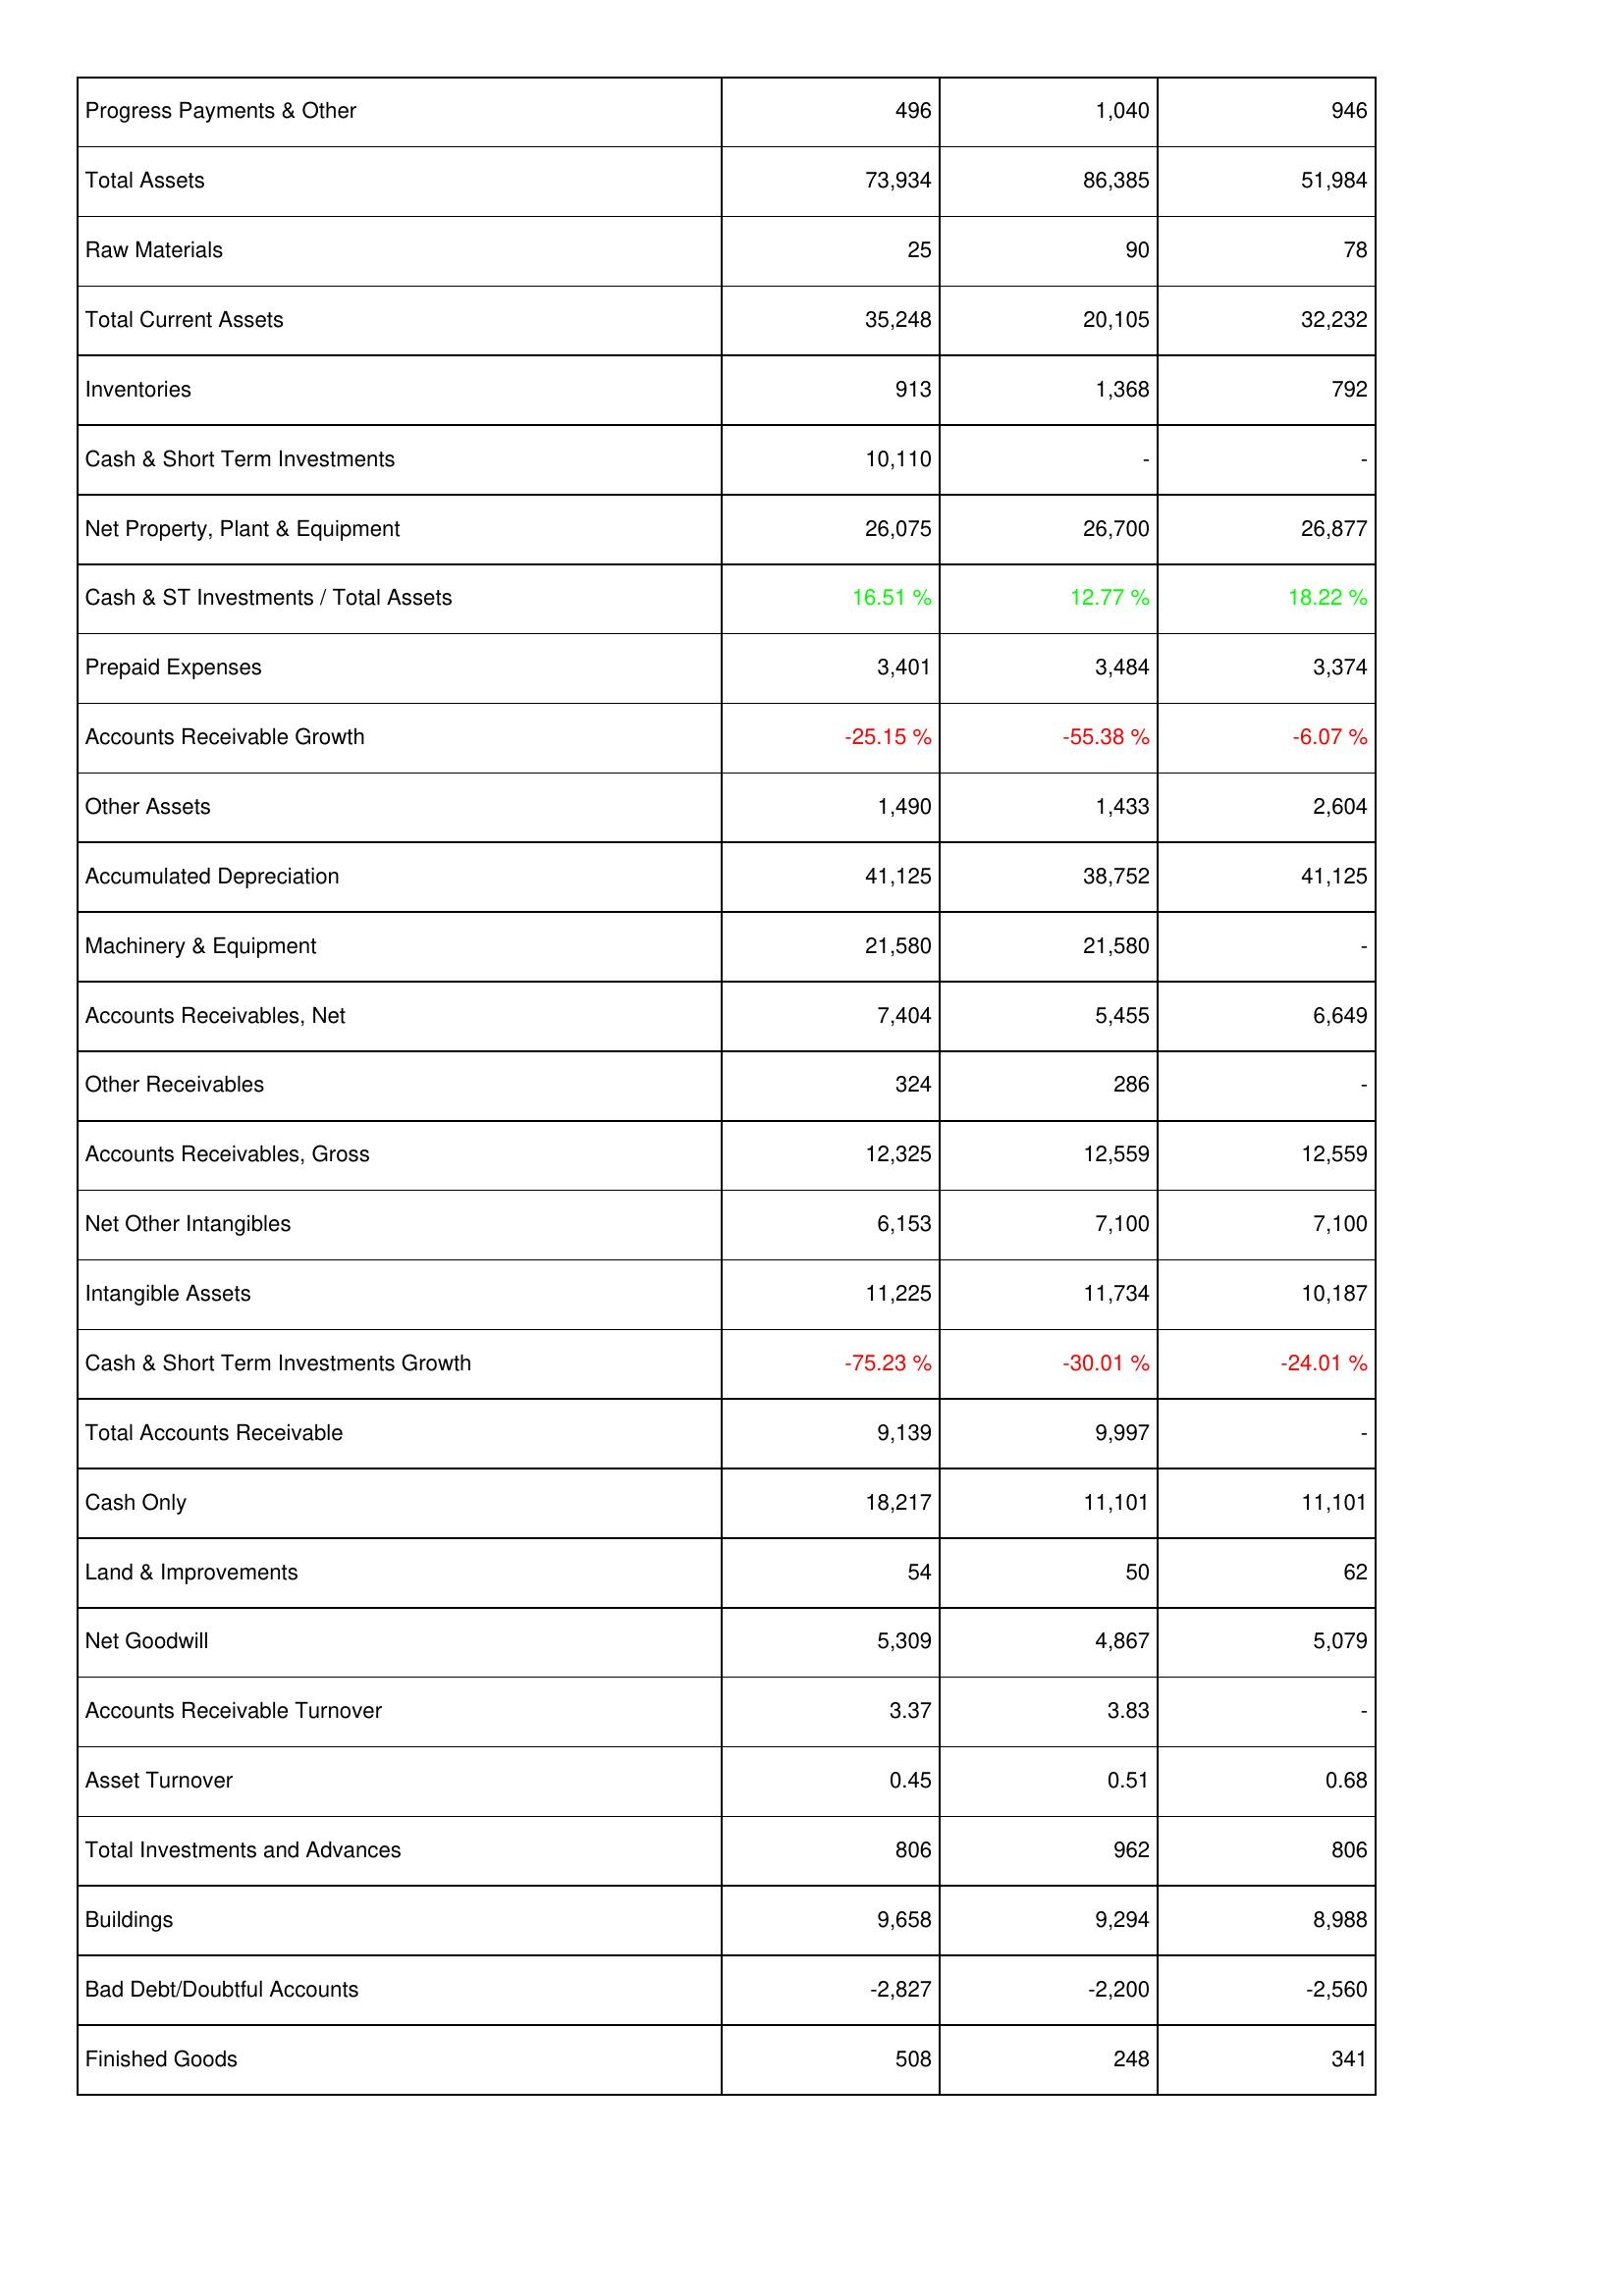
2007: Assets: Progress Payments & Other: 496
Total Assets: 73,934
Raw Materials: 25
Total Current Assets: 35,248
Inventories: 913
Cash & Short Term Investments: 10,110
Net Property, Plant & Equipment: 26,075
Cash & ST Investments / Total Assets: 16.51 %
Prepaid Expenses: 3,401
Accounts Receivable Growth: -25.15 %
Other Assets: 1,490
Accumulated Depreciation: 41,125
Machinery & Equipment: 21,580
Accounts Receivables, Net: 7,404
Other Receivables: 324
Accounts Receivables, Gross: 12,325
Net Other Intangibles: 6,153
Intangible Assets: 11,225
Cash & Short Term Investments Growth: -75.23 %
Total Accounts Receivable: 9,139
Cash Only: 18,217
Land & Improvements: 54
Net Goodwill: 5,309
Accounts Receivable Turnover: 3.37
Asset Turnover: 0.45
Total Investments and Advances: 806
Buildings: 9,658
Bad Debt/Doubtful Accounts: -2,827
Finished Goods: 508
2006: Assets: Progress Payments & Other: 1,040
Total Assets: 86,385
Raw Materials: 90
Total Current Assets: 20,105
Inventories: 1,368
Cash & Short Term Investments: -
Net Property, Plant & Equipment: 26,700
Cash & ST Investments / Total Assets: 12.77 %
Prepaid Expenses: 3,484
Accounts Receivable Growth: -55.38 %
Other Assets: 1,433
Accumulated Depreciation: 38,752
Machinery & Equipment: 21,580
Accounts Receivables, Net: 5,455
Other Receivables: 286
Accounts Receivables, Gross: 12,559
Net Other Intangibles: 7,100
Intangible Assets: 11,734
Cash & Short Term Investments Growth: -30.01 %
Total Accounts Receivable: 9,997
Cash Only: 11,101
Land & Improvements: 50
Net Goodwill: 4,867
Accounts Receivable Turnover: 3.83
Asset Turnover: 0.51
Total Investments and Advances: 962
Buildings: 9,294
Bad Debt/Doubtful Accounts: -2,200
Finished Goods: 248
2005: Assets: Progress Payments & Other: 946
Total Assets: 51,984
Raw Materials: 78
Total Current Assets: 32,232
Inventories: 792
Cash & Short Term Investments: -
Net Property, Plant & Equipment: 26,877
Cash & ST Investments / Total Assets: 18.22 %
Prepaid Expenses: 3,374
Accounts Receivable Growth: -6.07 %
Other Assets: 2,604
Accumulated Depreciation: 41,125
Machinery & Equipment: -
Accounts Receivables, Net: 6,649
Other Receivables: -
Accounts Receivables, Gross: 12,559
Net Other Intangibles: 7,100
Intangible Assets: 10,187
Cash & Short Term Investments Growth: -24.01 %
Total Accounts Receivable: -
Cash Only: 11,101
Land & Improvements: 62
Net Goodwill: 5,079
Accounts Receivable Turnover: -
Asset Turnover: 0.68
Total Investments and Advances: 806
Buildings: 8,988
Bad Debt/Doubtful Accounts: -2,560
Finished Goods: 341